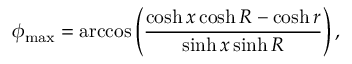
\phi _ { \operatorname* { m a x } } = \operatorname { a r c c o s } \left( \frac { \cosh x \cosh R - \cosh r } { \sinh x \sinh R } \right) ,